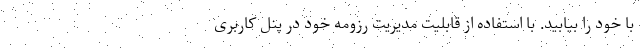
با خود را بیابید. با استفاده از قابلیت مدیریت رزومه خود در پنل کاربری